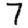
Digit: 7